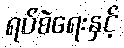
ရပ်စဲရေးနှင့်